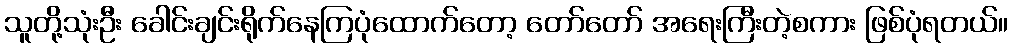
သူတို့သုံးဦး ခေါင်းချင်းရိုက်နေကြပုံထောက်တော့ တော်တော် အရေးကြီးတဲ့စကား ဖြစ်ပုံရတယ်။